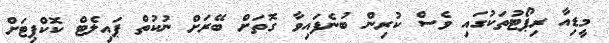
މީޑިއާ ރިޕޯޓުތަކުގައި ވެސް ކުރިން ބުނެފައިވާ ގޮތަށް ބޭރަށް ނުކުތް ޕައިލެޓް ކޮކްޕިޓަށް